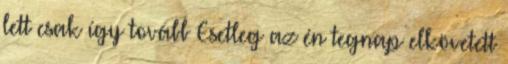
lett csak így tovább Esetleg az én tegnap elkövetett